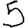
Digit: 5